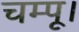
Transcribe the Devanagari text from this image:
चम्पू।